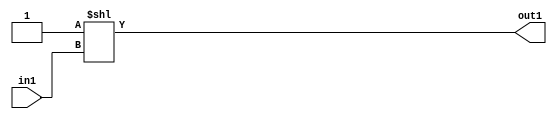
`timescale 1ps / 1ps
/*****************************************************************************
    Verilog RTL Description
    
    
    Created by: CellMath Designer 2019.1.01 
*******************************************************************************/

module DFT_compute_DECODE_128U_7_4 (
	in1,
	out1
	); /* architecture "behavioural" */ 
input [6:0] in1;
output [127:0] out1;
wire [127:0] asc001;

assign asc001 = 128'B00000000000000000000000000000000000000000000000000000000000000000000000000000000000000000000000000000000000000000000000000000001
    << in1;

assign out1 = asc001;
endmodule

/* CADENCE  uLT2TQ8= : u9/ySgnWtBlWxVPRXgAZ4Og= ** DO NOT EDIT THIS LINE ******/